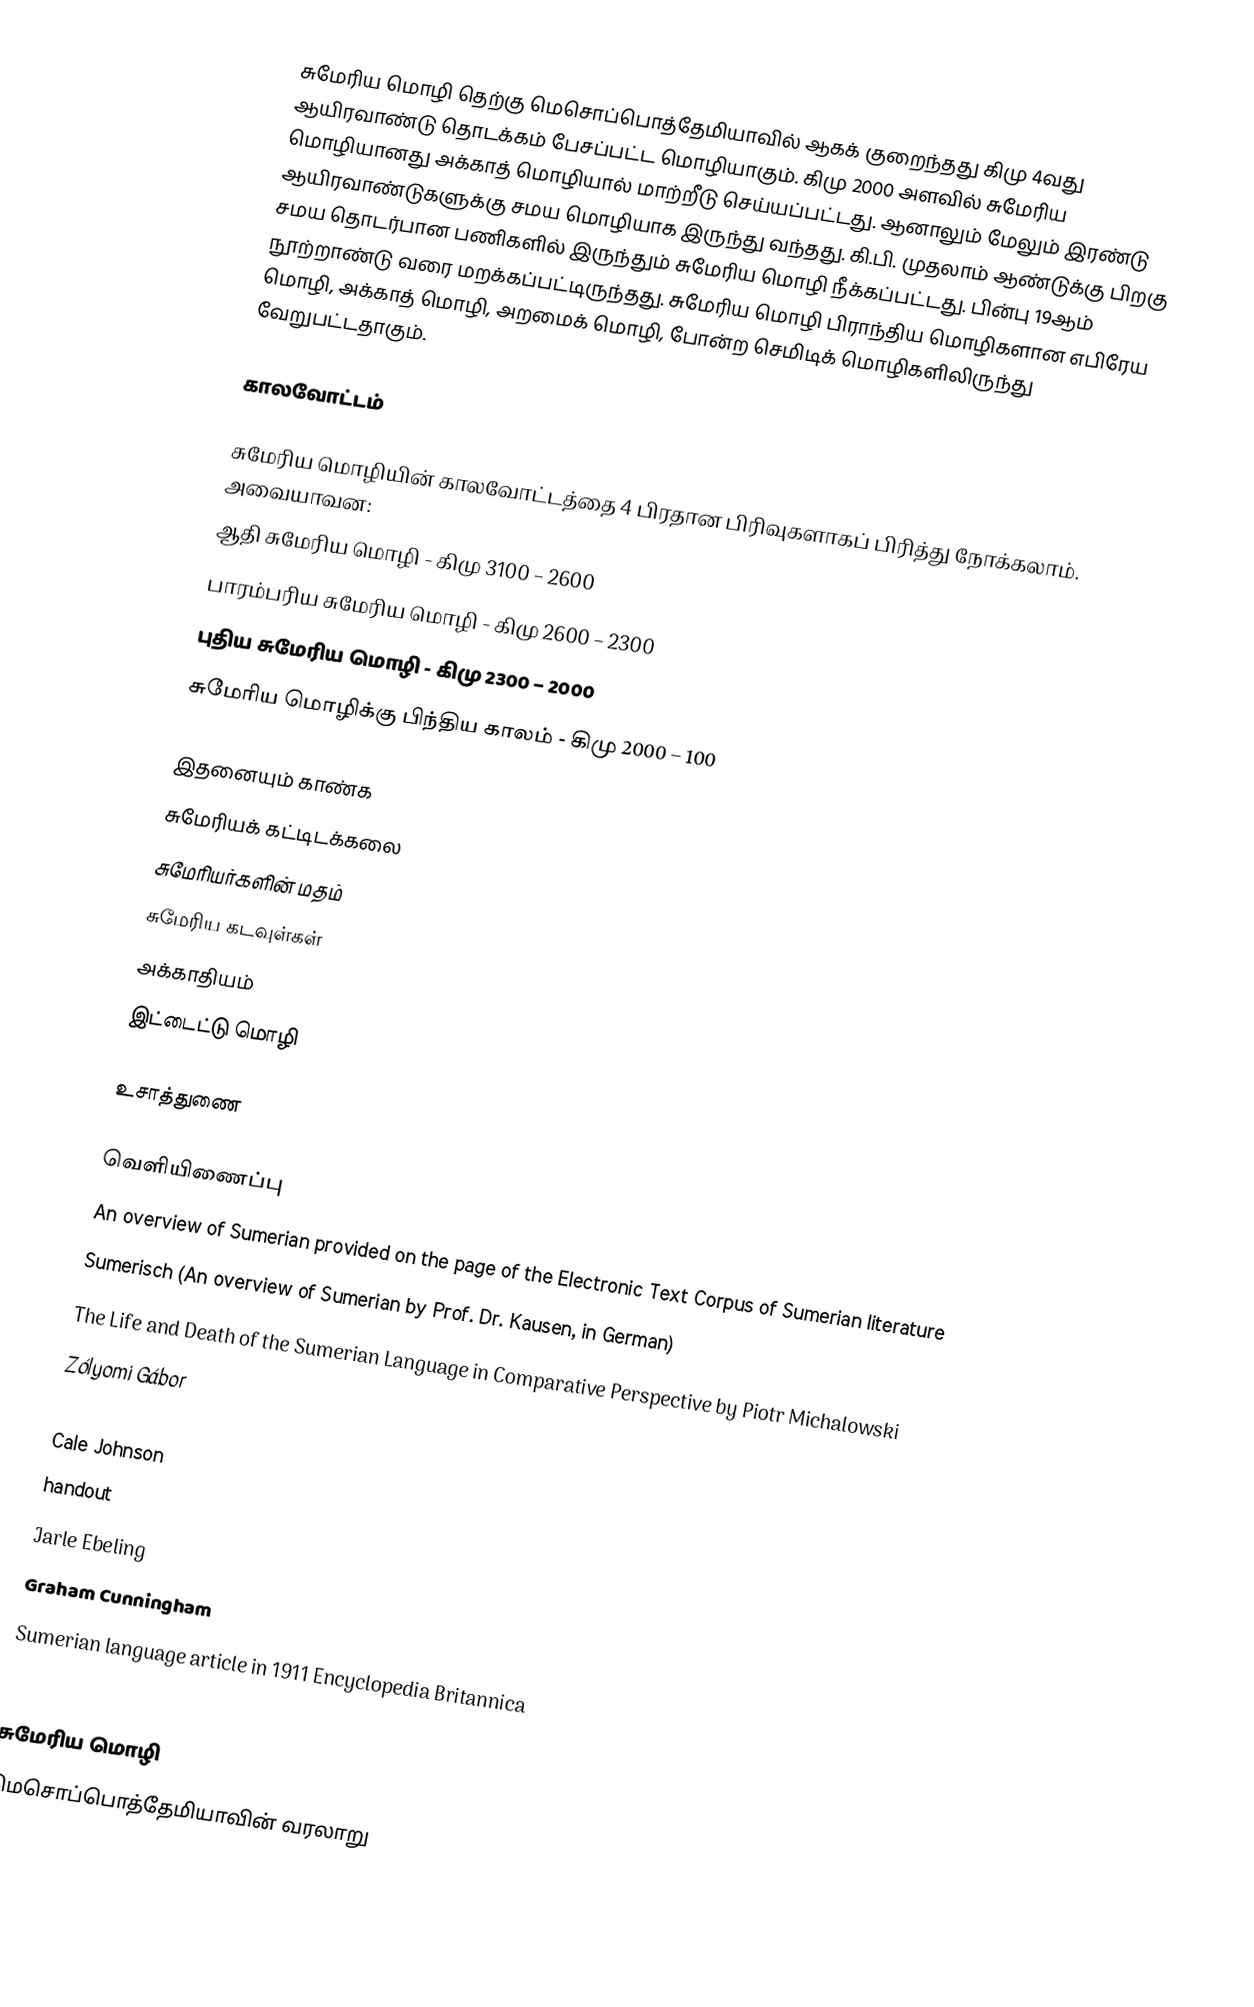
சுமேரிய மொழி தெற்கு மெசொப்பொத்தேமியாவில் ஆகக் குறைந்தது கிமு 4வது ஆயிரவாண்டு தொடக்கம் பேசப்பட்ட மொழியாகும். கிமு 2000 அளவில் சுமேரிய மொழியானது அக்காத் மொழியால் மாற்றீடு செய்யப்பட்டது. ஆனாலும் மேலும் இரண்டு ஆயிரவாண்டுகளுக்கு சமய மொழியாக இருந்து வந்தது. கி.பி. முதலாம் ஆண்டுக்கு பிறகு சமய தொடர்பான பணிகளில் இருந்தும் சுமேரிய மொழி நீக்கப்பட்டது. பின்பு 19ஆம் நூற்றாண்டு வரை மறக்கப்பட்டிருந்தது. சுமேரிய மொழி பிராந்திய மொழிகளான எபிரேய மொழி, அக்காத் மொழி, அறமைக் மொழி, போன்ற செமிடிக் மொழிகளிலிருந்து வேறுபட்டதாகும்.

காலவோட்டம்

சுமேரிய மொழியின் காலவோட்டத்தை 4 பிரதான பிரிவுகளாகப் பிரித்து நோக்கலாம். அவையாவன:
 ஆதி சுமேரிய மொழி - கிமு 3100 – 2600
 பாரம்பரிய சுமேரிய மொழி - கிமு 2600 – 2300
 புதிய சுமேரிய மொழி - கிமு 2300 – 2000
 சுமேரிய மொழிக்கு பிந்திய காலம் - கிமு 2000 – 100

இதனையும் காண்க
 சுமேரியக் கட்டிடக்கலை
 சுமேரியர்களின் மதம்
 சுமேரிய கடவுள்கள்
 அக்காதியம்
 இட்டைட்டு மொழி

உசாத்துணை

வெளியிணைப்பு
 An overview of Sumerian provided on the page of the Electronic Text Corpus of Sumerian literature
 Sumerisch (An overview of Sumerian by Prof. Dr. Kausen, in German)
 The Life and Death of the Sumerian Language in Comparative Perspective by Piotr Michalowski
 Zólyomi Gábor
 handout
 Cale Johnson
 handout
 Jarle Ebeling
  Graham Cunningham
 Sumerian language article in 1911 Encyclopedia Britannica
 Sumerian Language Page

சுமேரிய மொழி
மெசொப்பொத்தேமியாவின் வரலாறு